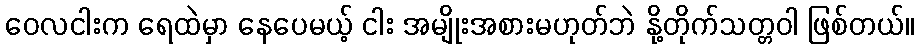
ဝေလငါးက ရေထဲမှာ နေပေမယ့် ငါး အမျိုးအစားမဟုတ်ဘဲ နို့တိုက်သတ္တဝါ ဖြစ်တယ်။